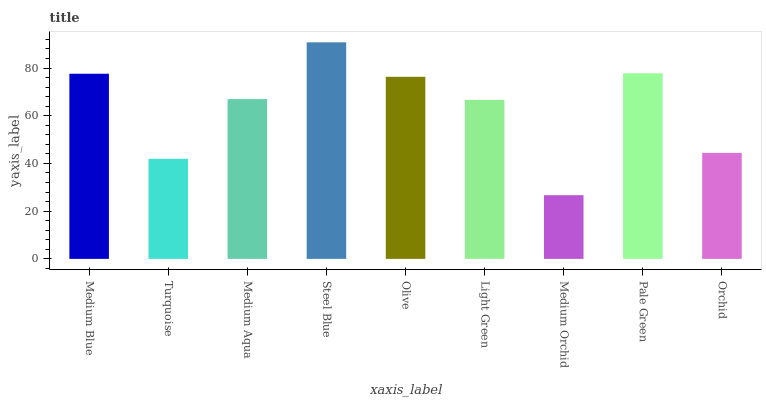
| xaxis_label | bars |
 | --- | --- |
 | Medium Blue | 77.6 |
 | Turquoise | 41.9 |
 | Medium Aqua | 67 |
 | Steel Blue | 90.8 |
 | Olive | 76.3 |
 | Light Green | 66.6 |
 | Medium Orchid | 26.7 |
 | Pale Green | 77.8 |
 | Orchid | 44.4 |